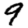
Digit: 9